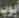
أبوب